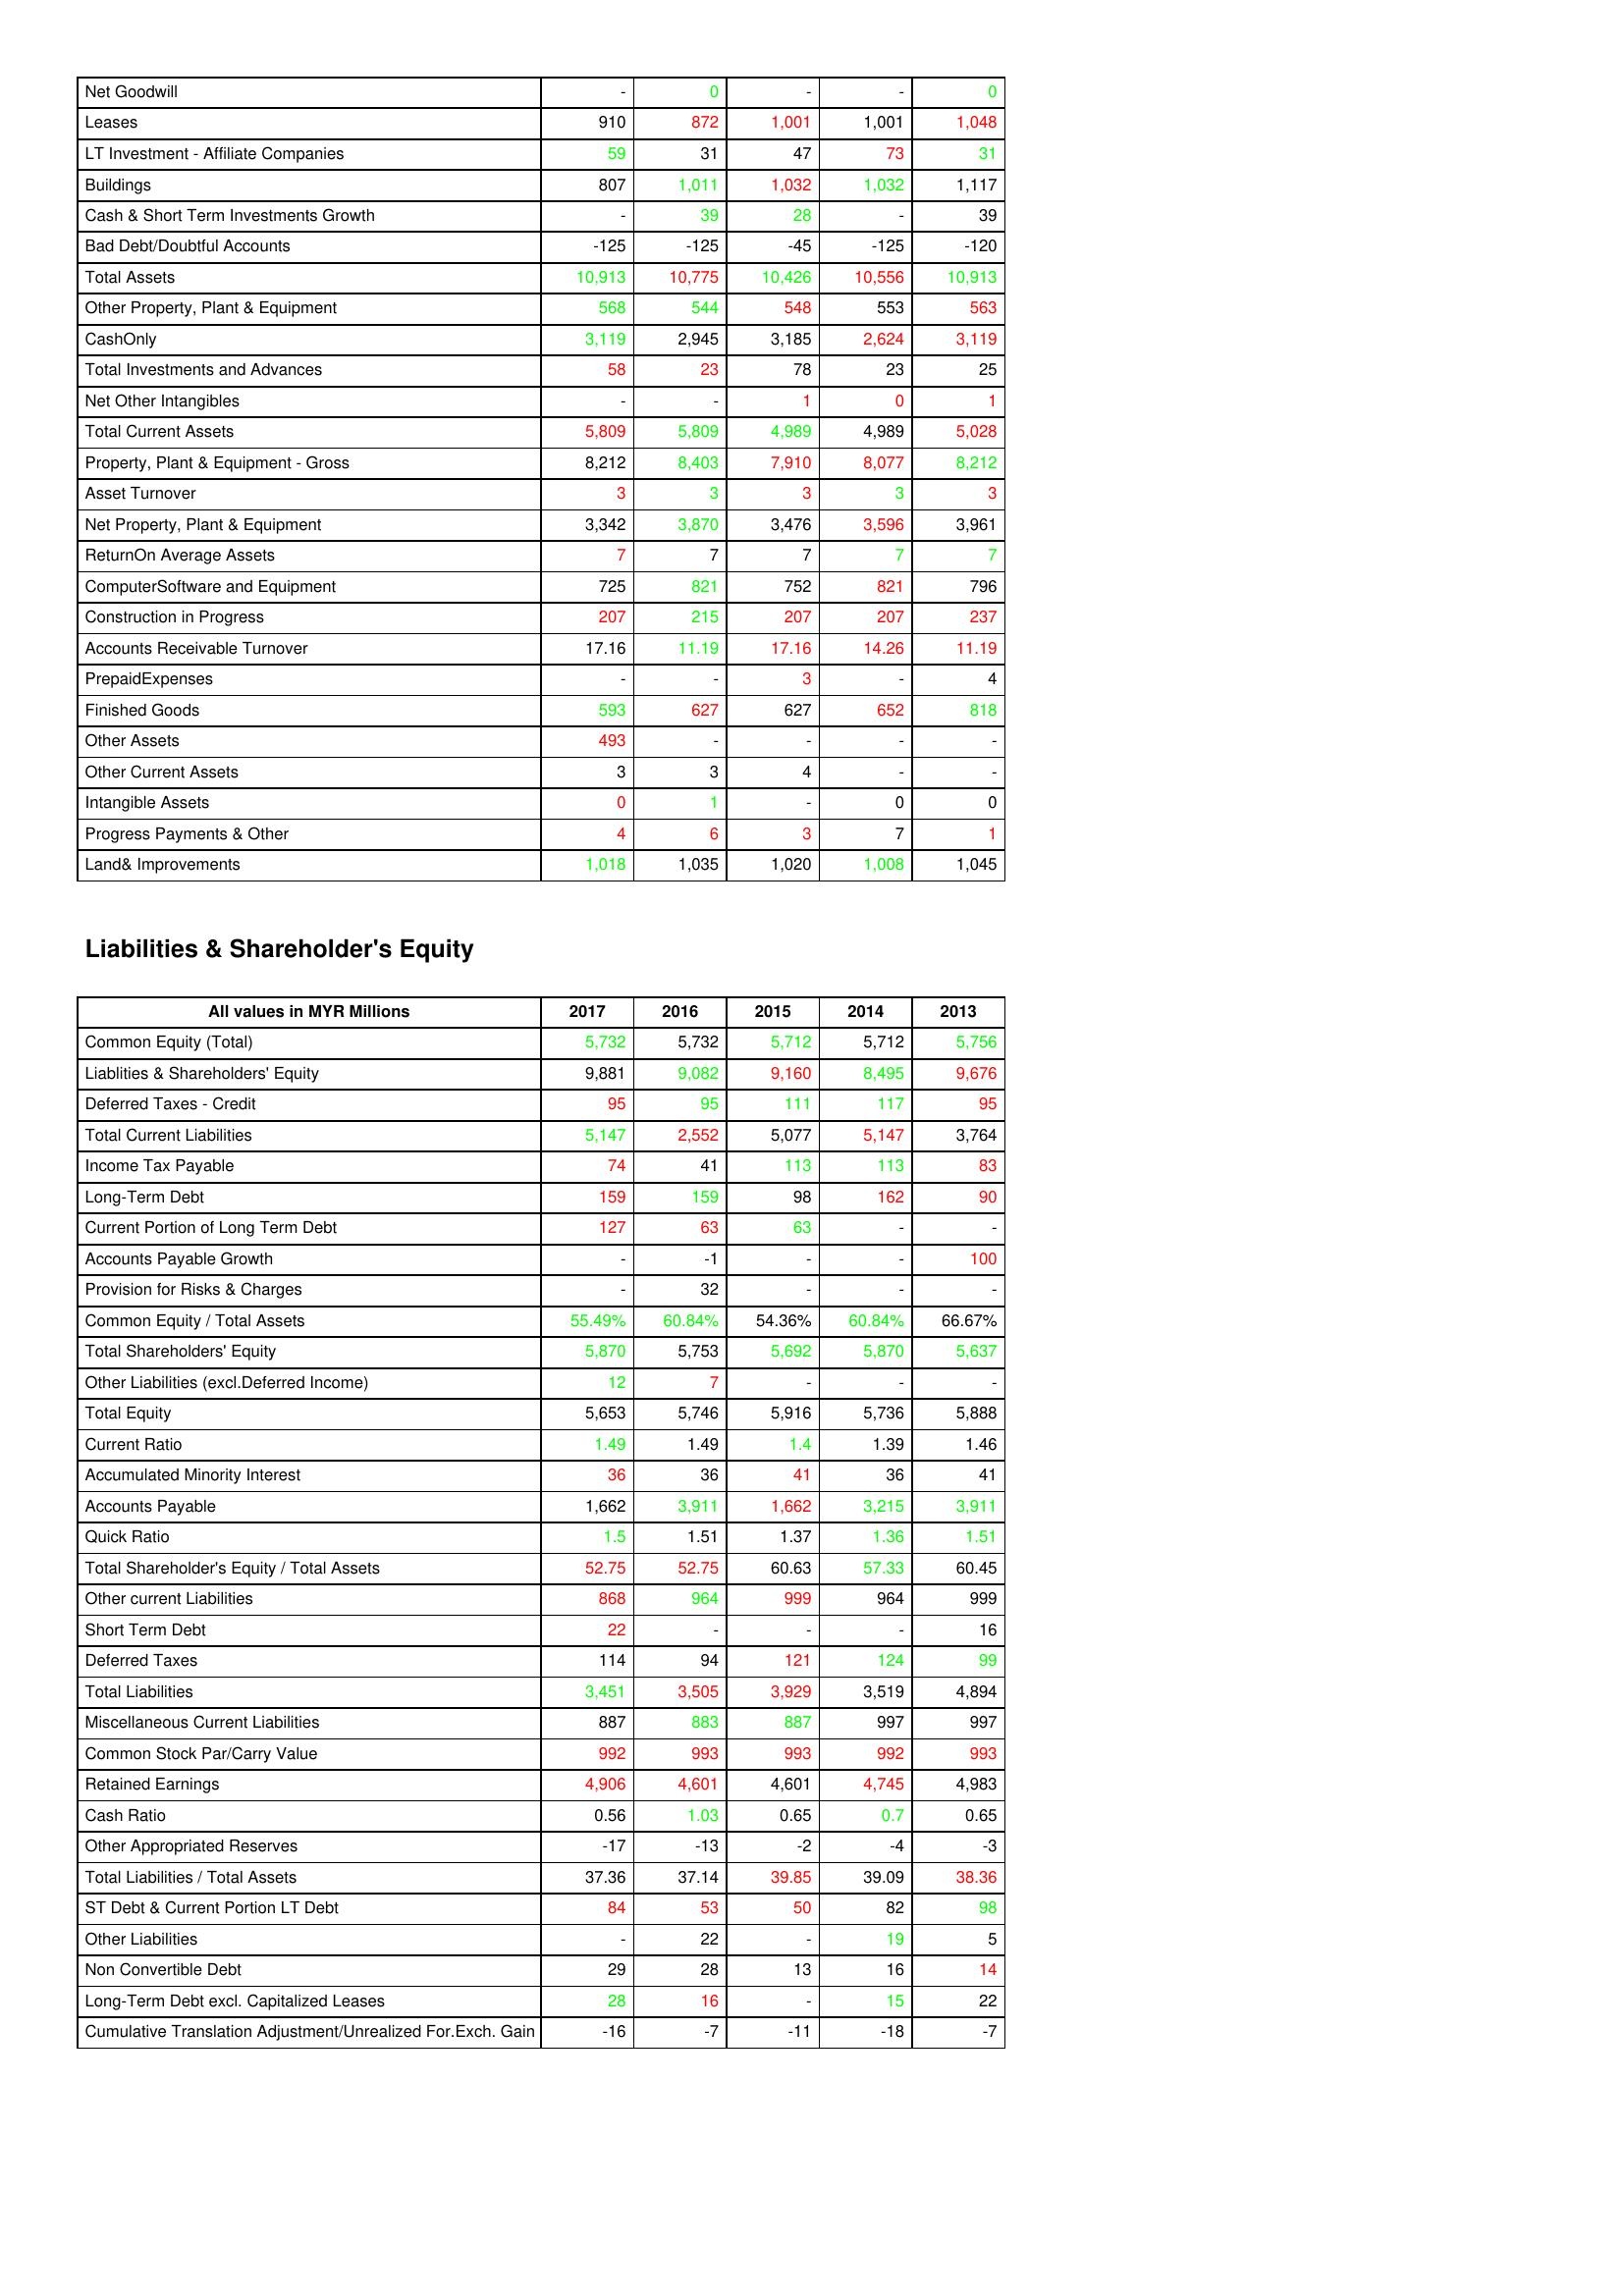
gt_parse: 2017: Assets: Net Goodwill: -
Leases: 910
LT Investment - Affiliate Companies: 59
Buildings: 807
Cash & Short Term Investments Growth: -
Bad Debt/Doubtful Accounts: -125
Total Assets: 10,913
Other Property, Plant & Equipment: 568
CashOnly: 3,119
Total Investments and Advances: 58
Net Other Intangibles: -
Total Current Assets: 5,809
Property, Plant & Equipment - Gross : 8,212
Asset Turnover: 3
Net Property, Plant & Equipment: 3,342
ReturnOn Average Assets: 7
ComputerSoftware and Equipment: 725
Construction in Progress: 207
Accounts Receivable Turnover: 17.16
PrepaidExpenses: -
Finished Goods: 593
Other Assets: 493
Other Current Assets: 3
Intangible Assets: 0
Progress Payments & Other: 4
Land& Improvements: 1,018
Liabilities & Shareholder's Equity: Common Equity (Total): 5,732
Liablities & Shareholders' Equity: 9,881
Deferred Taxes - Credit: 95
Total Current Liabilities: 5,147
Income Tax Payable: 74
Long-Term Debt: 159
Current Portion of Long Term Debt: 127
Accounts Payable Growth: -
Provision for Risks & Charges: -
Common Equity / Total Assets: 55.49%
Total Shareholders' Equity: 5,870
Other Liabilities (excl.Deferred Income): 12
Total Equity: 5,653
Current Ratio: 1.49
Accumulated Minority Interest: 36
Accounts Payable: 1,662
Quick Ratio: 1.5
Total Shareholder's Equity / Total Assets: 52.75
Other current Liabilities: 868
Short Term Debt: 22
Deferred Taxes: 114
Total Liabilities: 3,451
Miscellaneous Current Liabilities: 887
Common Stock Par/Carry Value: 992
Retained Earnings: 4,906
Cash Ratio: 0.56
Other Appropriated Reserves: -17
Total Liabilities / Total Assets: 37.36
ST Debt & Current Portion LT Debt: 84
Other Liabilities: -
Non Convertible Debt: 29
Long-Term Debt excl. Capitalized Leases: 28
Cumulative Translation Adjustment/Unrealized For.Exch. Gain: -16
2016: Assets: Net Goodwill: 0
Leases: 872
LT Investment - Affiliate Companies: 31
Buildings: 1,011
Cash & Short Term Investments Growth: 39
Bad Debt/Doubtful Accounts: -125
Total Assets: 10,775
Other Property, Plant & Equipment: 544
CashOnly: 2,945
Total Investments and Advances: 23
Net Other Intangibles: -
Total Current Assets: 5,809
Property, Plant & Equipment - Gross : 8,403
Asset Turnover: 3
Net Property, Plant & Equipment: 3,870
ReturnOn Average Assets: 7
ComputerSoftware and Equipment: 821
Construction in Progress: 215
Accounts Receivable Turnover: 11.19
PrepaidExpenses: -
Finished Goods: 627
Other Assets: -
Other Current Assets: 3
Intangible Assets: 1
Progress Payments & Other: 6
Land& Improvements: 1,035
Liabilities & Shareholder's Equity: Common Equity (Total): 5,732
Liablities & Shareholders' Equity: 9,082
Deferred Taxes - Credit: 95
Total Current Liabilities: 2,552
Income Tax Payable: 41
Long-Term Debt: 159
Current Portion of Long Term Debt: 63
Accounts Payable Growth: -1
Provision for Risks & Charges: 32
Common Equity / Total Assets: 60.84%
Total Shareholders' Equity: 5,753
Other Liabilities (excl.Deferred Income): 7
Total Equity: 5,746
Current Ratio: 1.49
Accumulated Minority Interest: 36
Accounts Payable: 3,911
Quick Ratio: 1.51
Total Shareholder's Equity / Total Assets: 52.75
Other current Liabilities: 964
Short Term Debt: -
Deferred Taxes: 94
Total Liabilities: 3,505
Miscellaneous Current Liabilities: 883
Common Stock Par/Carry Value: 993
Retained Earnings: 4,601
Cash Ratio: 1.03
Other Appropriated Reserves: -13
Total Liabilities / Total Assets: 37.14
ST Debt & Current Portion LT Debt: 53
Other Liabilities: 22
Non Convertible Debt: 28
Long-Term Debt excl. Capitalized Leases: 16
Cumulative Translation Adjustment/Unrealized For.Exch. Gain: -7
2015: Assets: Net Goodwill: -
Leases: 1,001
LT Investment - Affiliate Companies: 47
Buildings: 1,032
Cash & Short Term Investments Growth: 28
Bad Debt/Doubtful Accounts: -45
Total Assets: 10,426
Other Property, Plant & Equipment: 548
CashOnly: 3,185
Total Investments and Advances: 78
Net Other Intangibles: 1
Total Current Assets: 4,989
Property, Plant & Equipment - Gross : 7,910
Asset Turnover: 3
Net Property, Plant & Equipment: 3,476
ReturnOn Average Assets: 7
ComputerSoftware and Equipment: 752
Construction in Progress: 207
Accounts Receivable Turnover: 17.16
PrepaidExpenses: 3
Finished Goods: 627
Other Assets: -
Other Current Assets: 4
Intangible Assets: -
Progress Payments & Other: 3
Land& Improvements: 1,020
Liabilities & Shareholder's Equity: Common Equity (Total): 5,712
Liablities & Shareholders' Equity: 9,160
Deferred Taxes - Credit: 111
Total Current Liabilities: 5,077
Income Tax Payable: 113
Long-Term Debt: 98
Current Portion of Long Term Debt: 63
Accounts Payable Growth: -
Provision for Risks & Charges: -
Common Equity / Total Assets: 54.36%
Total Shareholders' Equity: 5,692
Other Liabilities (excl.Deferred Income): -
Total Equity: 5,916
Current Ratio: 1.4
Accumulated Minority Interest: 41
Accounts Payable: 1,662
Quick Ratio: 1.37
Total Shareholder's Equity / Total Assets: 60.63
Other current Liabilities: 999
Short Term Debt: -
Deferred Taxes: 121
Total Liabilities: 3,929
Miscellaneous Current Liabilities: 887
Common Stock Par/Carry Value: 993
Retained Earnings: 4,601
Cash Ratio: 0.65
Other Appropriated Reserves: -2
Total Liabilities / Total Assets: 39.85
ST Debt & Current Portion LT Debt: 50
Other Liabilities: -
Non Convertible Debt: 13
Long-Term Debt excl. Capitalized Leases: -
Cumulative Translation Adjustment/Unrealized For.Exch. Gain: -11
2014: Assets: Net Goodwill: -
Leases: 1,001
LT Investment - Affiliate Companies: 73
Buildings: 1,032
Cash & Short Term Investments Growth: -
Bad Debt/Doubtful Accounts: -125
Total Assets: 10,556
Other Property, Plant & Equipment: 553
CashOnly: 2,624
Total Investments and Advances: 23
Net Other Intangibles: 0
Total Current Assets: 4,989
Property, Plant & Equipment - Gross : 8,077
Asset Turnover: 3
Net Property, Plant & Equipment: 3,596
ReturnOn Average Assets: 7
ComputerSoftware and Equipment: 821
Construction in Progress: 207
Accounts Receivable Turnover: 14.26
PrepaidExpenses: -
Finished Goods: 652
Other Assets: -
Other Current Assets: -
Intangible Assets: 0
Progress Payments & Other: 7
Land& Improvements: 1,008
Liabilities & Shareholder's Equity: Common Equity (Total): 5,712
Liablities & Shareholders' Equity: 8,495
Deferred Taxes - Credit: 117
Total Current Liabilities: 5,147
Income Tax Payable: 113
Long-Term Debt: 162
Current Portion of Long Term Debt: -
Accounts Payable Growth: -
Provision for Risks & Charges: -
Common Equity / Total Assets: 60.84%
Total Shareholders' Equity: 5,870
Other Liabilities (excl.Deferred Income): -
Total Equity: 5,736
Current Ratio: 1.39
Accumulated Minority Interest: 36
Accounts Payable: 3,215
Quick Ratio: 1.36
Total Shareholder's Equity / Total Assets: 57.33
Other current Liabilities: 964
Short Term Debt: -
Deferred Taxes: 124
Total Liabilities: 3,519
Miscellaneous Current Liabilities: 997
Common Stock Par/Carry Value: 992
Retained Earnings: 4,745
Cash Ratio: 0.7
Other Appropriated Reserves: -4
Total Liabilities / Total Assets: 39.09
ST Debt & Current Portion LT Debt: 82
Other Liabilities: 19
Non Convertible Debt: 16
Long-Term Debt excl. Capitalized Leases: 15
Cumulative Translation Adjustment/Unrealized For.Exch. Gain: -18
2013: Assets: Net Goodwill: 0
Leases: 1,048
LT Investment - Affiliate Companies: 31
Buildings: 1,117
Cash & Short Term Investments Growth: 39
Bad Debt/Doubtful Accounts: -120
Total Assets: 10,913
Other Property, Plant & Equipment: 563
CashOnly: 3,119
Total Investments and Advances: 25
Net Other Intangibles: 1
Total Current Assets: 5,028
Property, Plant & Equipment - Gross : 8,212
Asset Turnover: 3
Net Property, Plant & Equipment: 3,961
ReturnOn Average Assets: 7
ComputerSoftware and Equipment: 796
Construction in Progress: 237
Accounts Receivable Turnover: 11.19
PrepaidExpenses: 4
Finished Goods: 818
Other Assets: -
Other Current Assets: -
Intangible Assets: 0
Progress Payments & Other: 1
Land& Improvements: 1,045
Liabilities & Shareholder's Equity: Common Equity (Total): 5,756
Liablities & Shareholders' Equity: 9,676
Deferred Taxes - Credit: 95
Total Current Liabilities: 3,764
Income Tax Payable: 83
Long-Term Debt: 90
Current Portion of Long Term Debt: -
Accounts Payable Growth: 100
Provision for Risks & Charges: -
Common Equity / Total Assets: 66.67%
Total Shareholders' Equity: 5,637
Other Liabilities (excl.Deferred Income): -
Total Equity: 5,888
Current Ratio: 1.46
Accumulated Minority Interest: 41
Accounts Payable: 3,911
Quick Ratio: 1.51
Total Shareholder's Equity / Total Assets: 60.45
Other current Liabilities: 999
Short Term Debt: 16
Deferred Taxes: 99
Total Liabilities: 4,894
Miscellaneous Current Liabilities: 997
Common Stock Par/Carry Value: 993
Retained Earnings: 4,983
Cash Ratio: 0.65
Other Appropriated Reserves: -3
Total Liabilities / Total Assets: 38.36
ST Debt & Current Portion LT Debt: 98
Other Liabilities: 5
Non Convertible Debt: 14
Long-Term Debt excl. Capitalized Leases: 22
Cumulative Translation Adjustment/Unrealized For.Exch. Gain: -7